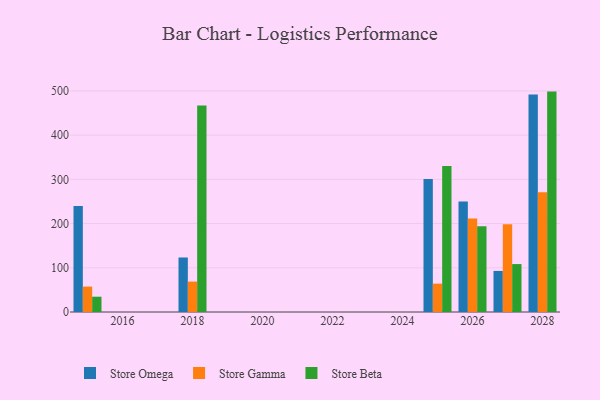
{"axis": {"x": "Year", "y": "Active Users"}, "legend": ["Store Beta", "Store Gamma", "Store Omega"], "data": [{"x": "2015", "y": 240.0, "type": "Store Omega"}, {"x": "2015", "y": 57.4, "type": "Store Gamma"}, {"x": "2015", "y": 34.6, "type": "Store Beta"}, {"x": "2018", "y": 123.3, "type": "Store Omega"}, {"x": "2018", "y": 68.8, "type": "Store Gamma"}, {"x": "2018", "y": 467.0, "type": "Store Beta"}, {"x": "2026", "y": 250.0, "type": "Store Omega"}, {"x": "2026", "y": 211.2, "type": "Store Gamma"}, {"x": "2026", "y": 193.9, "type": "Store Beta"}, {"x": "2025", "y": 300.8, "type": "Store Omega"}, {"x": "2025", "y": 64.1, "type": "Store Gamma"}, {"x": "2025", "y": 330.2, "type": "Store Beta"}, {"x": "2028", "y": 492.1, "type": "Store Omega"}, {"x": "2028", "y": 270.9, "type": "Store Gamma"}, {"x": "2028", "y": 498.5, "type": "Store Beta"}, {"x": "2027", "y": 92.9, "type": "Store Omega"}, {"x": "2027", "y": 198.3, "type": "Store Gamma"}, {"x": "2027", "y": 108.4, "type": "Store Beta"}]}